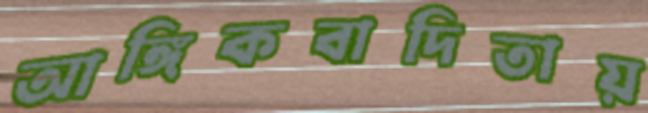
আঙ্গিকবাদিতায়